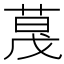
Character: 𬝏